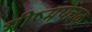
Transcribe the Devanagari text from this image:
भीष्मपंचक